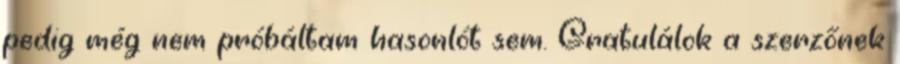
pedig még nem próbáltam hasonlót sem. Gratulálok a szerzőnek